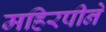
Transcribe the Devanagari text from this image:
महिरपीने